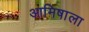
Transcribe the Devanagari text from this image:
आमिषाला